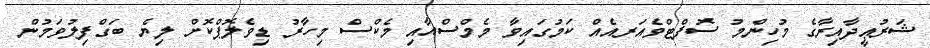
ޝަރުޢީދާއިރާގެ މުހިންމު ސޮފްޓްވެއަރއެއް ކަމުގައިވާ މެމްސްއާއި މެކްސް މިހާރު ޑިވެލޮޕްކޮށް ލިޔެ ބަގްފިލުވަމުން